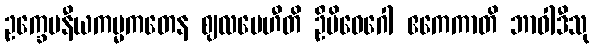
ဥက္ခေပနီယကမ္မကတေန ဈလပေဟီတိ ဦမိဝေဂေါ ဧကေကာတိ ဘာဝါဒီသု